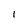
Character: 1